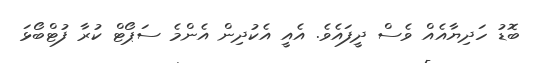
ބޮޑު ހަދިޔާއެއް ވެސް ދީފައެވެ. އެއީ އެކުދިން އެންމެ ސަޕޯޓް ކުރާ ފުޓްބޯޅަ